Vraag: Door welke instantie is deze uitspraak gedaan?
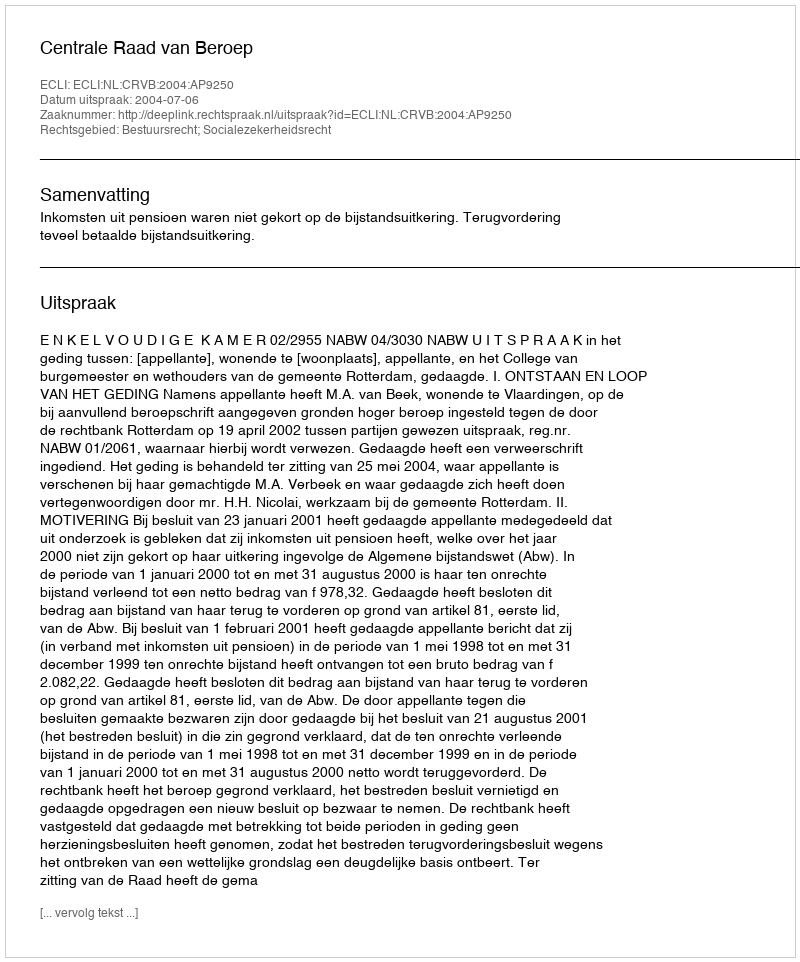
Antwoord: Centrale Raad van Beroep